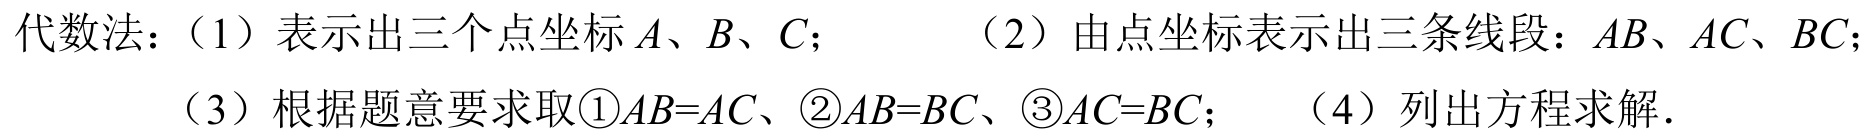
代数法：（1）表示出三个点坐标\(A、B、C\)； （2）由点坐标表示出三条线段：\(AB、AC、BC\)；
（3）根据题意要求取\textcircled{1}\(AB = AC\)、\textcircled{2}\(AB = BC\)、\textcircled{3}\(AC = BC\)； （4）列出方程求解.